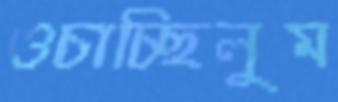
ওচাচ্ছিলুম